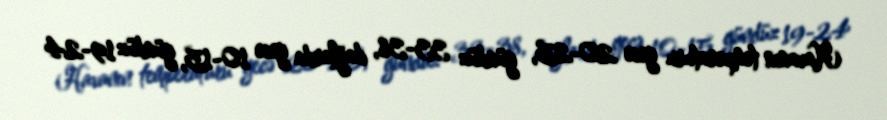
Havanın temperaturu gecə 20-25, gündüz 33-38, dağlarda gecə 10-15, gündüz 19-24